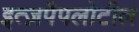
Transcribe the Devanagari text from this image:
इत्ज़पैपलोटील